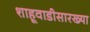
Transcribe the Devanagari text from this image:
शाहूवाडीसारख्या